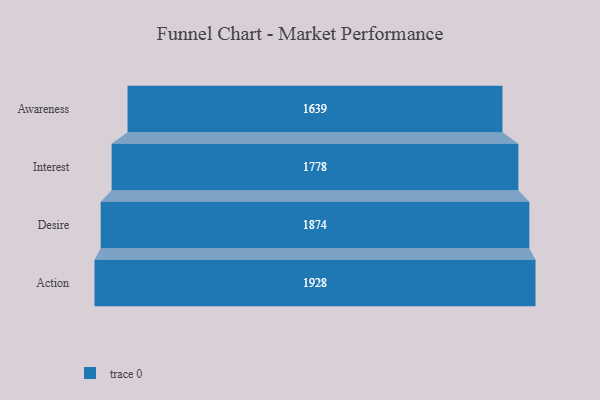
{"axis": {"x": "Stage", "y": "Value"}, "legend": [""], "data": [{"x": "Awareness", "y": 1639.0, "type": ""}, {"x": "Interest", "y": 1778.0, "type": ""}, {"x": "Desire", "y": 1874.0, "type": ""}, {"x": "Action", "y": 1928.0, "type": ""}]}